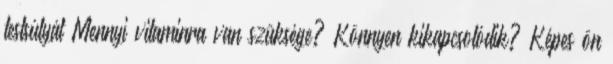
testsúlyát Mennyi vitaminra van szüksége? Könnyen kikapcsolódik? Képes ön